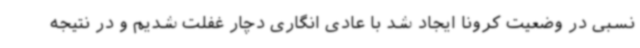
نسبی در وضعیت کرونا ایجاد شد با عادی انگاری دچار غفلت شدیم و در نتیجه